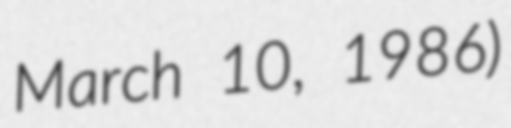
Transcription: March 10, 1986)